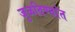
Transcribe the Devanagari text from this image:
जुळविण्यांत